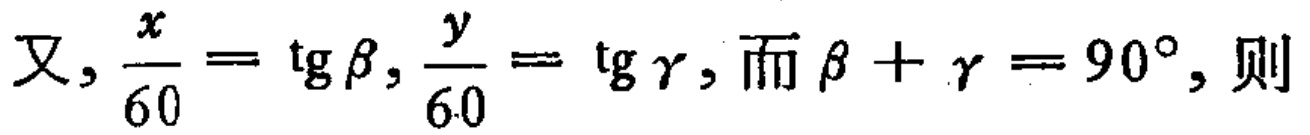
又, \(\frac{x}{60}=\mathrm{tg}\beta,\frac{y}{60}=\mathrm{tg}\gamma,\) 而 \(\beta+\gamma = 90^{\circ}\), 则